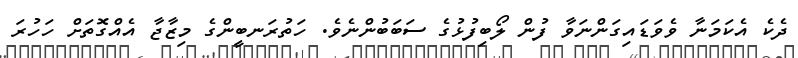
ދެކެ އެކަމަނާ ވެވަޑައިގަންނަވާ ފުން ލޯބިފުޅުގެ ސަބަބުންނެވެ. ހަތުރަނބީންގެ މިޒާޖާ އެއްގޮތަށް ހަހުރަ